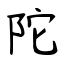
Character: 陀